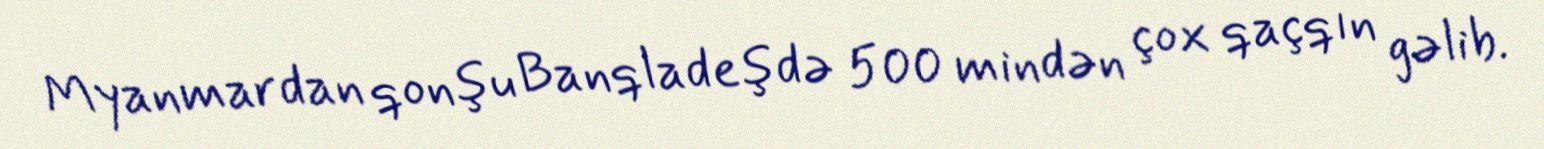
Myanmardan qonşu Banqladeşdə 500 mindən çox qaçqın gəlib.